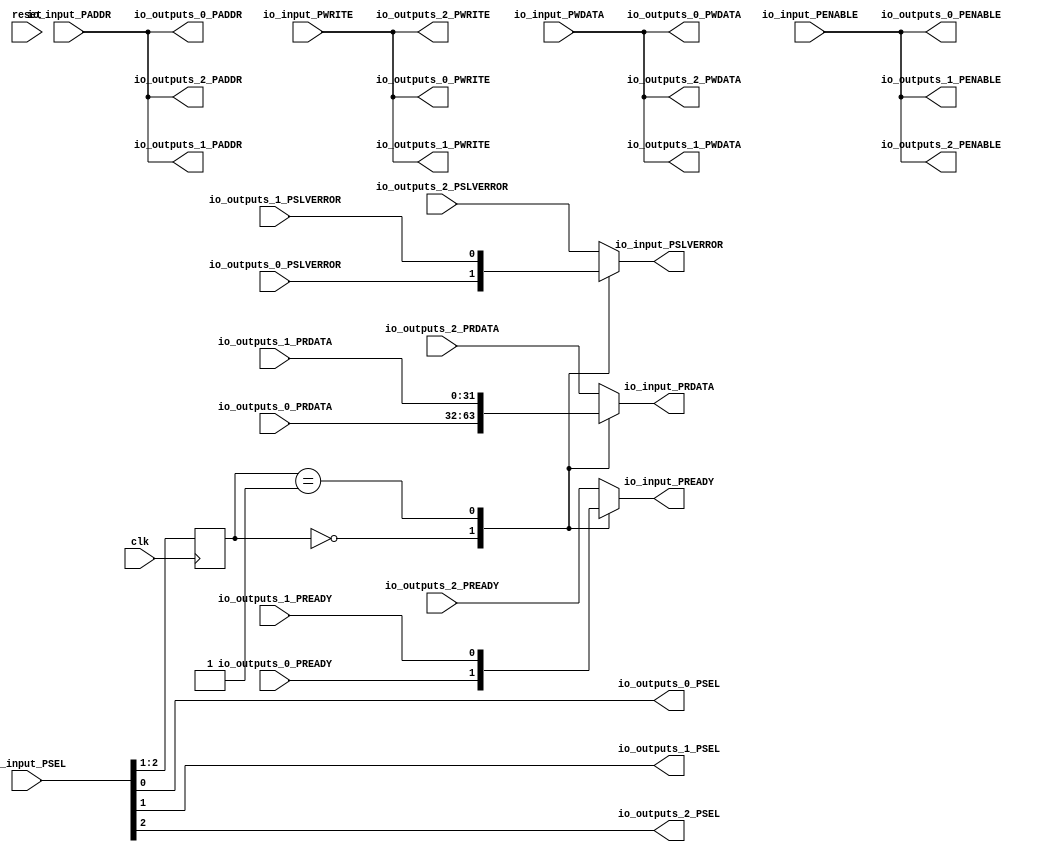
// Generator : SpinalHDL v1.7.2    git head : 08fc866bebdc40c471ebe327bface63e34406489
// Component : Apb3Router
// Git hash  : 23d564a3e9d4d768c2cb1641ec7dc2becc0d2602

`timescale 1ns/1ps

module Apb3Router (
  input      [15:0]   io_input_PADDR,
  input      [2:0]    io_input_PSEL,
  input               io_input_PENABLE,
  output              io_input_PREADY,
  input               io_input_PWRITE,
  input      [31:0]   io_input_PWDATA,
  output     [31:0]   io_input_PRDATA,
  output              io_input_PSLVERROR,
  output     [15:0]   io_outputs_0_PADDR,
  output     [0:0]    io_outputs_0_PSEL,
  output              io_outputs_0_PENABLE,
  input               io_outputs_0_PREADY,
  output              io_outputs_0_PWRITE,
  output     [31:0]   io_outputs_0_PWDATA,
  input      [31:0]   io_outputs_0_PRDATA,
  input               io_outputs_0_PSLVERROR,
  output     [15:0]   io_outputs_1_PADDR,
  output     [0:0]    io_outputs_1_PSEL,
  output              io_outputs_1_PENABLE,
  input               io_outputs_1_PREADY,
  output              io_outputs_1_PWRITE,
  output     [31:0]   io_outputs_1_PWDATA,
  input      [31:0]   io_outputs_1_PRDATA,
  input               io_outputs_1_PSLVERROR,
  output     [15:0]   io_outputs_2_PADDR,
  output     [0:0]    io_outputs_2_PSEL,
  output              io_outputs_2_PENABLE,
  input               io_outputs_2_PREADY,
  output              io_outputs_2_PWRITE,
  output     [31:0]   io_outputs_2_PWDATA,
  input      [31:0]   io_outputs_2_PRDATA,
  input               io_outputs_2_PSLVERROR,
  input               clk,
  input               reset
);

  reg                 _zz_io_input_PREADY;
  reg        [31:0]   _zz_io_input_PRDATA;
  reg                 _zz_io_input_PSLVERROR;
  wire                _zz_selIndex;
  wire                _zz_selIndex_1;
  reg        [1:0]    selIndex;

  always @(*) begin
    case(selIndex)
      2'b00 : begin
        _zz_io_input_PREADY = io_outputs_0_PREADY;
        _zz_io_input_PRDATA = io_outputs_0_PRDATA;
        _zz_io_input_PSLVERROR = io_outputs_0_PSLVERROR;
      end
      2'b01 : begin
        _zz_io_input_PREADY = io_outputs_1_PREADY;
        _zz_io_input_PRDATA = io_outputs_1_PRDATA;
        _zz_io_input_PSLVERROR = io_outputs_1_PSLVERROR;
      end
      default : begin
        _zz_io_input_PREADY = io_outputs_2_PREADY;
        _zz_io_input_PRDATA = io_outputs_2_PRDATA;
        _zz_io_input_PSLVERROR = io_outputs_2_PSLVERROR;
      end
    endcase
  end

  assign io_outputs_0_PADDR = io_input_PADDR;
  assign io_outputs_0_PENABLE = io_input_PENABLE;
  assign io_outputs_0_PSEL[0] = io_input_PSEL[0];
  assign io_outputs_0_PWRITE = io_input_PWRITE;
  assign io_outputs_0_PWDATA = io_input_PWDATA;
  assign io_outputs_1_PADDR = io_input_PADDR;
  assign io_outputs_1_PENABLE = io_input_PENABLE;
  assign io_outputs_1_PSEL[0] = io_input_PSEL[1];
  assign io_outputs_1_PWRITE = io_input_PWRITE;
  assign io_outputs_1_PWDATA = io_input_PWDATA;
  assign io_outputs_2_PADDR = io_input_PADDR;
  assign io_outputs_2_PENABLE = io_input_PENABLE;
  assign io_outputs_2_PSEL[0] = io_input_PSEL[2];
  assign io_outputs_2_PWRITE = io_input_PWRITE;
  assign io_outputs_2_PWDATA = io_input_PWDATA;
  assign _zz_selIndex = io_input_PSEL[1];
  assign _zz_selIndex_1 = io_input_PSEL[2];
  assign io_input_PREADY = _zz_io_input_PREADY;
  assign io_input_PRDATA = _zz_io_input_PRDATA;
  assign io_input_PSLVERROR = _zz_io_input_PSLVERROR;
  always @(posedge clk) begin
    selIndex <= {_zz_selIndex_1,_zz_selIndex};
  end


endmodule